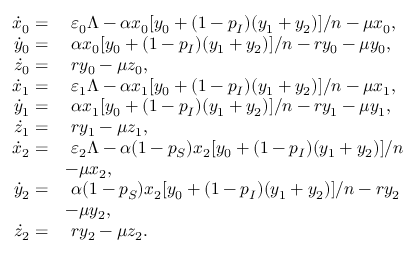
\begin{array} { r l } { \dot { x } _ { 0 } = } & { ~ \varepsilon _ { 0 } \Lambda - \alpha x _ { 0 } [ y _ { 0 } + ( 1 - p _ { I } ) ( y _ { 1 } + y _ { 2 } ) ] / n - \mu x _ { 0 } , } \\ { \dot { y } _ { 0 } = } & { ~ \alpha x _ { 0 } [ y _ { 0 } + ( 1 - p _ { I } ) ( y _ { 1 } + y _ { 2 } ) ] / n - r y _ { 0 } - \mu y _ { 0 } , } \\ { \dot { z } _ { 0 } = } & { ~ r y _ { 0 } - \mu z _ { 0 } , } \\ { \dot { x } _ { 1 } = } & { ~ \varepsilon _ { 1 } \Lambda - \alpha x _ { 1 } [ y _ { 0 } + ( 1 - p _ { I } ) ( y _ { 1 } + y _ { 2 } ) ] / n - \mu x _ { 1 } , } \\ { \dot { y } _ { 1 } = } & { ~ \alpha x _ { 1 } [ y _ { 0 } + ( 1 - p _ { I } ) ( y _ { 1 } + y _ { 2 } ) ] / n - r y _ { 1 } - \mu y _ { 1 } , } \\ { \dot { z } _ { 1 } = } & { ~ r y _ { 1 } - \mu z _ { 1 } , } \\ { \dot { x } _ { 2 } = } & { ~ \varepsilon _ { 2 } \Lambda - \alpha ( 1 - p _ { S } ) x _ { 2 } [ y _ { 0 } + ( 1 - p _ { I } ) ( y _ { 1 } + y _ { 2 } ) ] / n } \\ & { - \mu x _ { 2 } , } \\ { \dot { y } _ { 2 } = } & { ~ \alpha ( 1 - p _ { S } ) x _ { 2 } [ y _ { 0 } + ( 1 - p _ { I } ) ( y _ { 1 } + y _ { 2 } ) ] / n - r y _ { 2 } } \\ & { - \mu y _ { 2 } , } \\ { \dot { z } _ { 2 } = } & { ~ r y _ { 2 } - \mu z _ { 2 } . } \end{array}